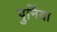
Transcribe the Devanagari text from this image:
पुर्निया